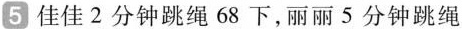
5 佳佳2分钟跳绳68下，丽丽5分钟跳绳